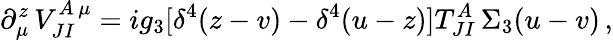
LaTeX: \partial_{\mu}^{z}\, V_{JI}^{A\, \mu}=ig_{3}[\delta^{4}(z-v)-\delta^{4}(u-z)]T_{JI}^{A}\, \Sigma_{3}(u-v)\, ,